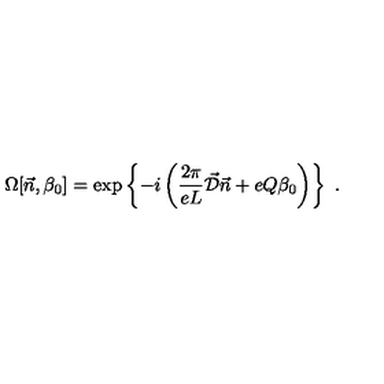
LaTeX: \Omega [ \vec { n } , \beta _ { 0 } ] = \exp \left\{ - i \left( \frac { 2 \pi } { e L } \vec { \cal D } \vec { n } + e Q \beta _ { 0 } \right) \right\} \ .